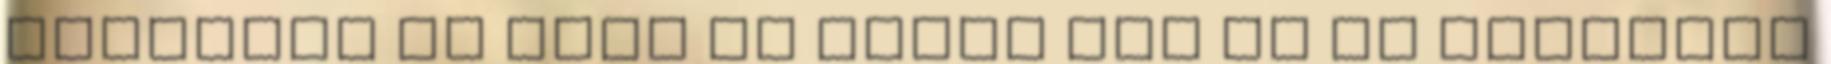
mutatják az utat Az állam már ma is jelentős